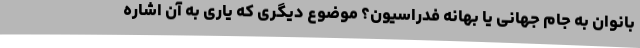
بانوان به جام جهانی یا بهانه فدراسیون؟ موضوع دیگری که یاری به آن اشاره